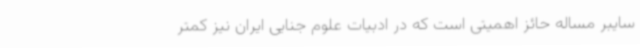
سایبر مساله حائز اهمیتی است که در ادبیات علوم جنایی ایران نیز کمتر